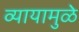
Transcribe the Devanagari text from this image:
व्यायामुळे